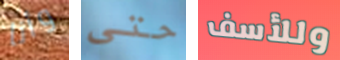
وأنا حتى وللأسف